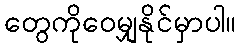
တွေကိုဝေမျှနိုင်မှာပါ။